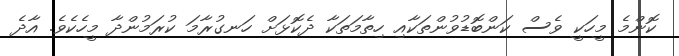
ކޮންމެ މީހަކީ ވެސް ކަންބޮޑުވުންތަކާއި ހިތާމަތަކާ ދެކޮޅަށް ހަނގުރާމަ ކުރަމުންދާ މީހެކެވެ. އާދެ